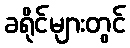
ခရိုင်များတွင်